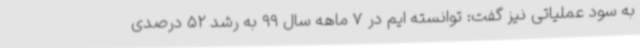
به سود عملیاتی نیز گفت: توانسته ایم در 7 ماهه سال 99 به رشد 52 درصدی